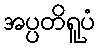
အပ္ပတိရူပံ